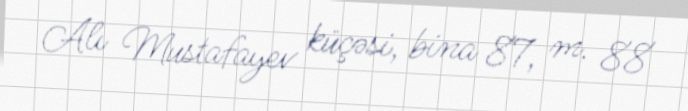
Alı Mustafayev küçəsi, bina 87, m. 88